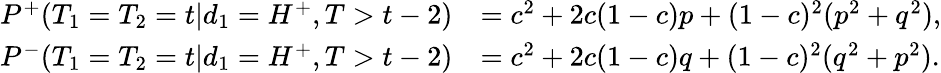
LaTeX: \begin{array}{rl}{P^{+}(T_{1}=T_{2}=t|d_{1}=H^{+},T>t-2)}&{=c^{2}+2c(1-c)p+(1-c)^{2}(p^{2}+q^{2}),}\\ {P^{-}(T_{1}=T_{2}=t|d_{1}=H^{+},T>t-2)}&{=c^{2}+2c(1-c)q+(1-c)^{2}(q^{2}+p^{2}).}\end{array}